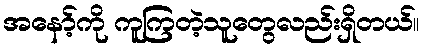
အနော့်ကို ကူကြတဲ့သူတွေလည်းရှိတယ်။